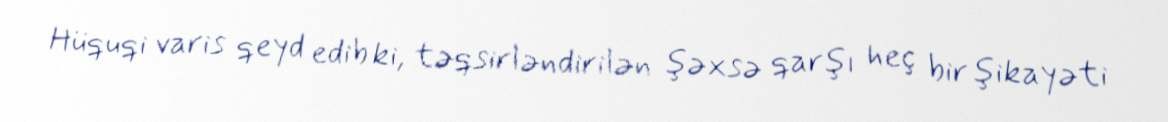
Hüquqi varis qeyd edib ki, təqsirləndirilən şəxsə qarşı heç bir şikayəti